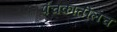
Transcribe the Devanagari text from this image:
पंचकातीलच